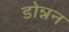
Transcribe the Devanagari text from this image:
डोन्नन